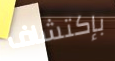
بإكتشاف